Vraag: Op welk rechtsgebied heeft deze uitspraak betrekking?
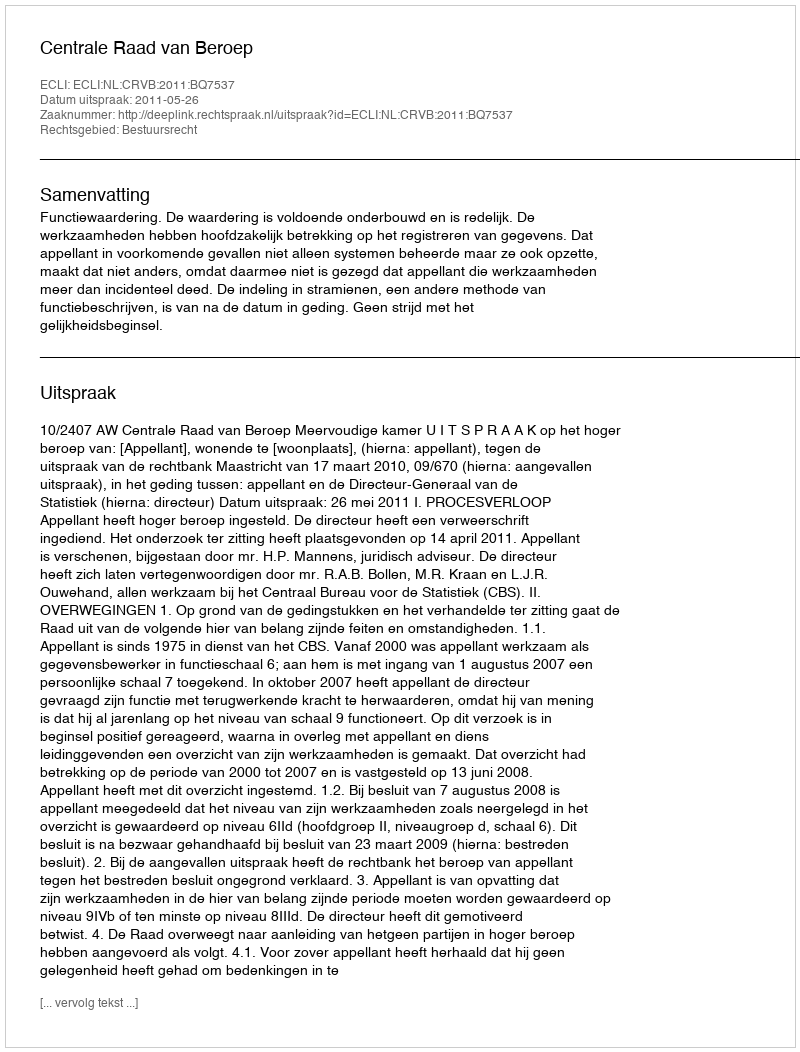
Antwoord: Bestuursrecht